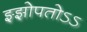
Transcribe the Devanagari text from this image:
झ्झोपतोऽऽ